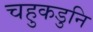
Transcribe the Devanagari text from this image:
चहुकडुनि